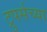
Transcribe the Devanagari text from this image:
ट्रुपर्सच्या